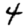
Digit: 4